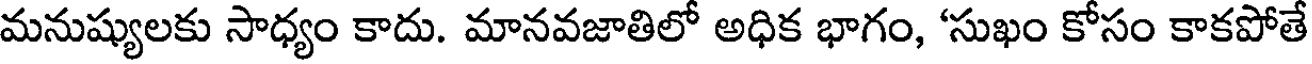
మనుష్యులకు సాధ్యం కాదు. మానవజాతిలో అధిక భాగం, 'సుఖం కోసం కాకపోతే